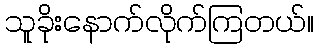
သူခိုးနောက်လိုက်ကြတယ်။